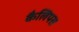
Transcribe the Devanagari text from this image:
कैलिपस